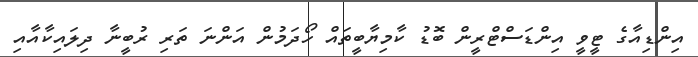
އިންޑިއާގެ ޓީވީ އިންޑަސްޓްރީން ބޮޑު ކާމިޔާބީތައް ހޯދަމުން އަންނަ ތަރި ރުބީނާ ދިލައިކާއާއި